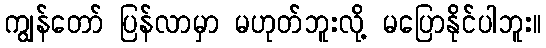
ကျွန်တော် ပြန်လာမှာ မဟုတ်ဘူးလို့ မပြောနိုင်ပါဘူး။